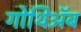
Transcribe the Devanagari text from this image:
गोथिॲब